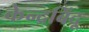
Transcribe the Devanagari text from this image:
केन्द्रबिंदू